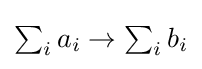
{\textstyle \sum _{i}a_{i}\rightarrow \sum _{i}b_{i}}